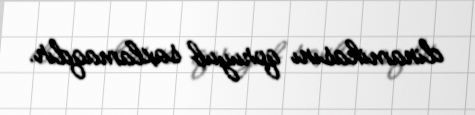
dinamikasını qoruyub saxlamaqdır.